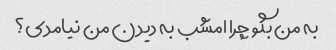
به من بگو چرا امشب به دیدن من نیامدی؟